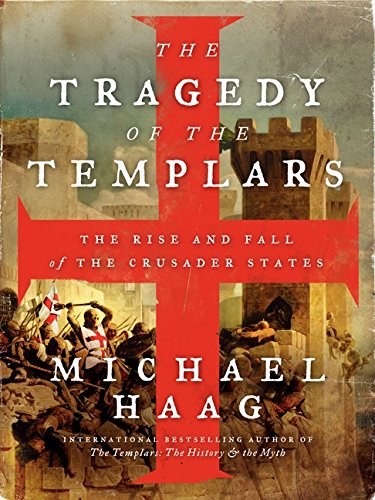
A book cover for The Tragedy of the Templars: The Rise and Fall of the Crusader States; Michael Haag; History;